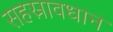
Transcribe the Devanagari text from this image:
सहस्रावधान